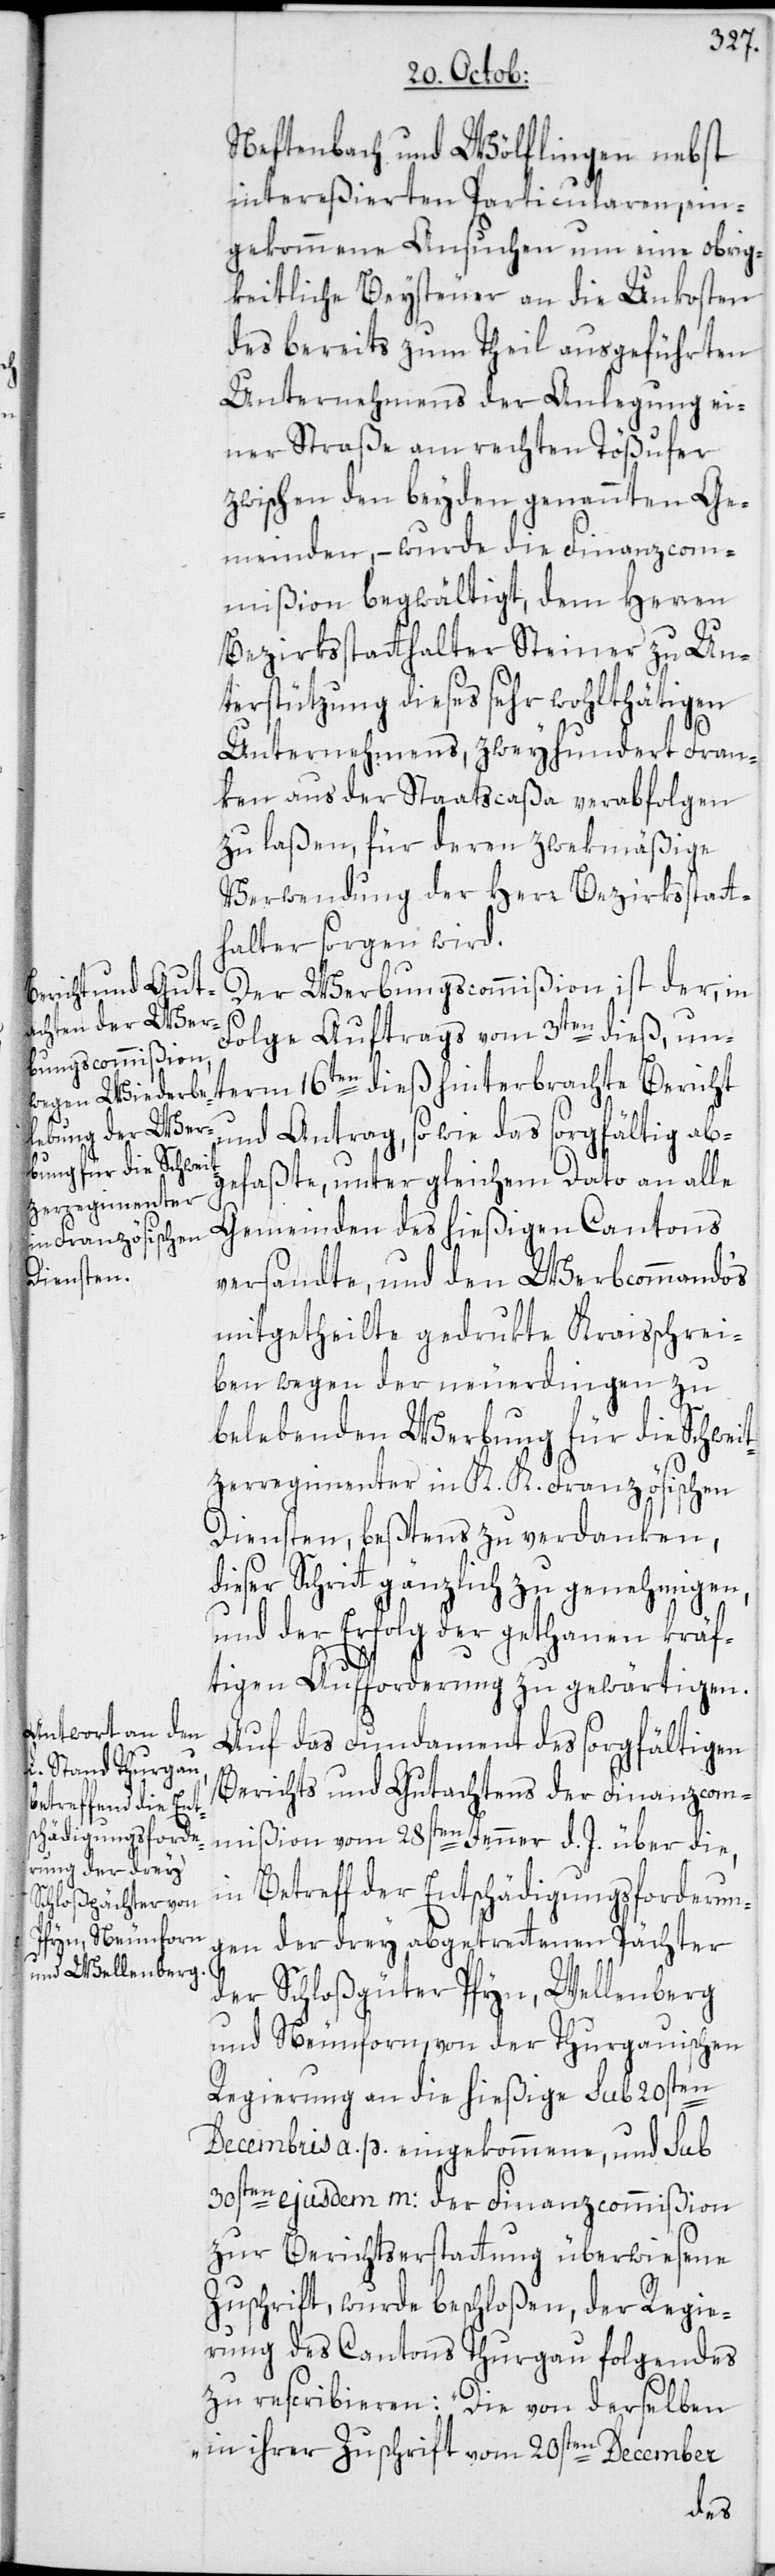
Neftenbach und Wölflingen nebst
intereßierten Particularen, ein¬
gekommene Ansuchen um eine obrig¬
keitliche Beysteuer an die Unkosten
des bereits zum Theil ausgeführten
Unternehmens der Anlegung ei¬
ner Straße am rechten Tößufer
zwischen den beyden genannten Ge¬
meinden, – wurde die Finanzcom¬
mißion begwältigt, dem Herren
Bezirksstatthalter Steiner zu Un¬
terstützung dieses sehr wohlthätigen
Unternehmens, zweyhundert Fran¬
ken aus der Staatscaßa verabfolgen
zu laßen, für deren zwekmäßige
Verwendung der Herr Bezirksstatt¬
halter sorgen wird.
Der Werbungscommißion ist der, in
Folge Auftrags vom 3ten dieß, un¬
und Antrag, sowie das sorgfältig ab¬
gefaßte, unter gleichem Dato an alle
Gemeinden des hießigen Cantons
versandte, und den Werbcommando‘s
mitgetheilte gedrukte Kraisschrei¬
ben wegen der neuerdingen zu
belebenden Werbung für die Schwei¬
tzerregimenter in K. K. Französischen
Diensten, beßtens zu verdanken,
dieser Schritt gänzlich zu genehmigen,
und der Erfolg der gethanen kräf¬
tigen Aufforderung zu gewärtigen.
Auf das Fundament des sorgfältigen
Berichts und Gutachtens der Finanzcom¬
mißion vom 28sten Jenner d. J. über die,
in Betreff der Entschädigungsforderun¬
gen der drey abgetrettenen Pächter
der Schloßgüter Pfyn, Wellenberg
und Neunforn, von der Thurgauischen
Regierung an die hießige sub 20sten
Decembris a. p. eingekommene, und sub
30sten ejusdem m: der Finanzcommißion
zur Berichtserstattung überwiesene
Zuschrift, wurde beschloßen, der Regie¬
rung des Cantons Thurgau folgendes
zu rescribieren: „Die von derselben
in ihrer Zuschrift vom 20sten December
term